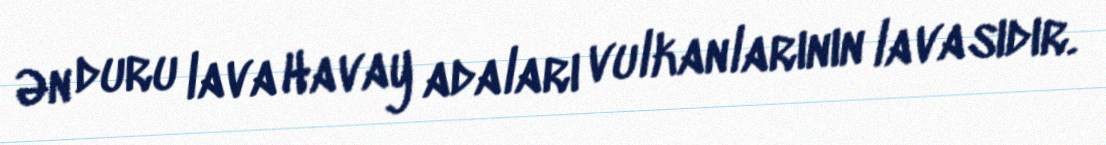
Ən duru lava Havay adaları vulkanlarının lavasıdır.